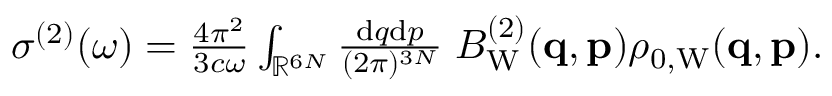
\begin{array} { r } { \sigma ^ { ( 2 ) } ( \omega ) = \frac { 4 \pi ^ { 2 } } { 3 c \omega } \int _ { \mathbb { R } ^ { 6 N } } \frac { \ensuremath { \mathrm { d } } \b { q } \ensuremath { \mathrm { d } } \b { p } } { ( 2 \pi ) ^ { 3 N } } \; B _ { \mathrm { W } } ^ { ( 2 ) } ( \ensuremath { \mathbf { q } } , \ensuremath { \mathbf { p } } ) \rho _ { 0 , \mathrm { W } } ( \ensuremath { \mathbf { q } } , \ensuremath { \mathbf { p } } ) . } \end{array}